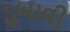
ડૂબાવી